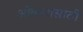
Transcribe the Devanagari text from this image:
ओंकारासाठी